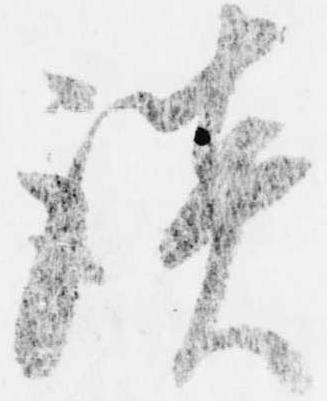
談